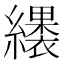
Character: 𮉑